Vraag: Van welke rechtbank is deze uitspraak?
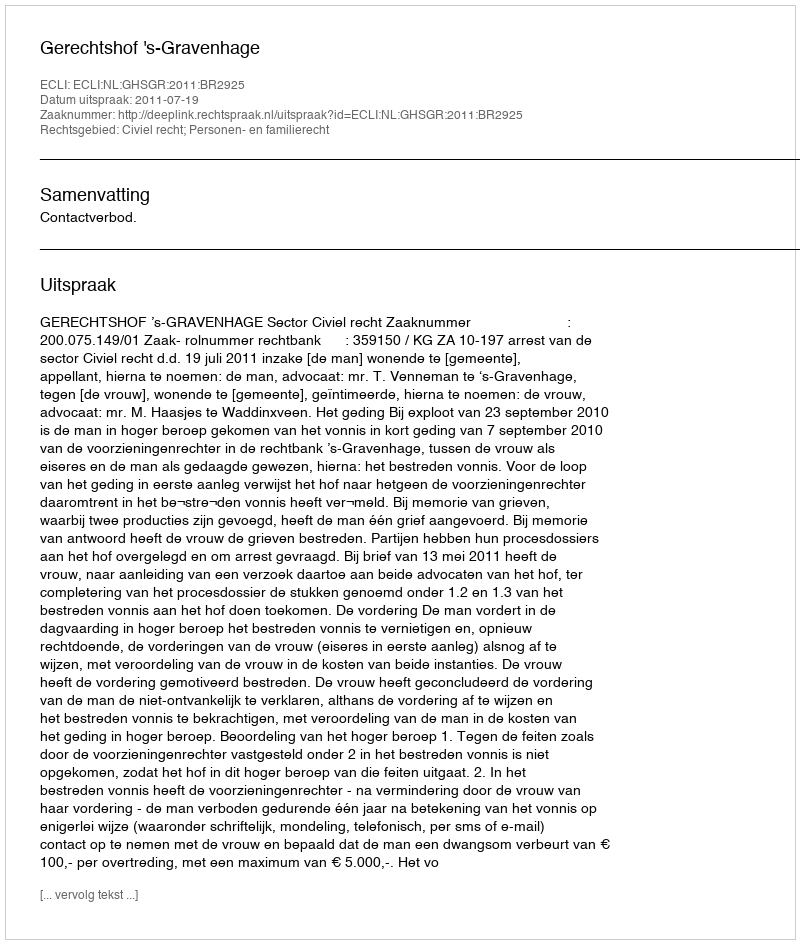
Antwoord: Gerechtshof 's-Gravenhage